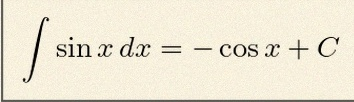
\int \sin x\,dx=-\cos x+C